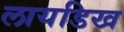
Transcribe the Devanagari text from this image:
लायडिख